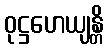
ဝုဋ္ဌဟေယျန္တိ